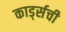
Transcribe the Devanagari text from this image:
कार्ड्सची